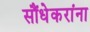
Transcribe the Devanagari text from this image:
सौंधेकरांना